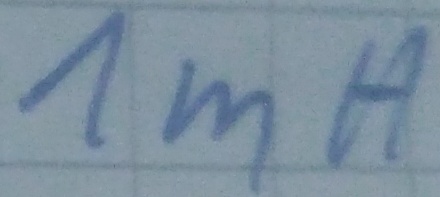
Text: 1mH